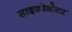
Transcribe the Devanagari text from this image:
साइकोमोटर